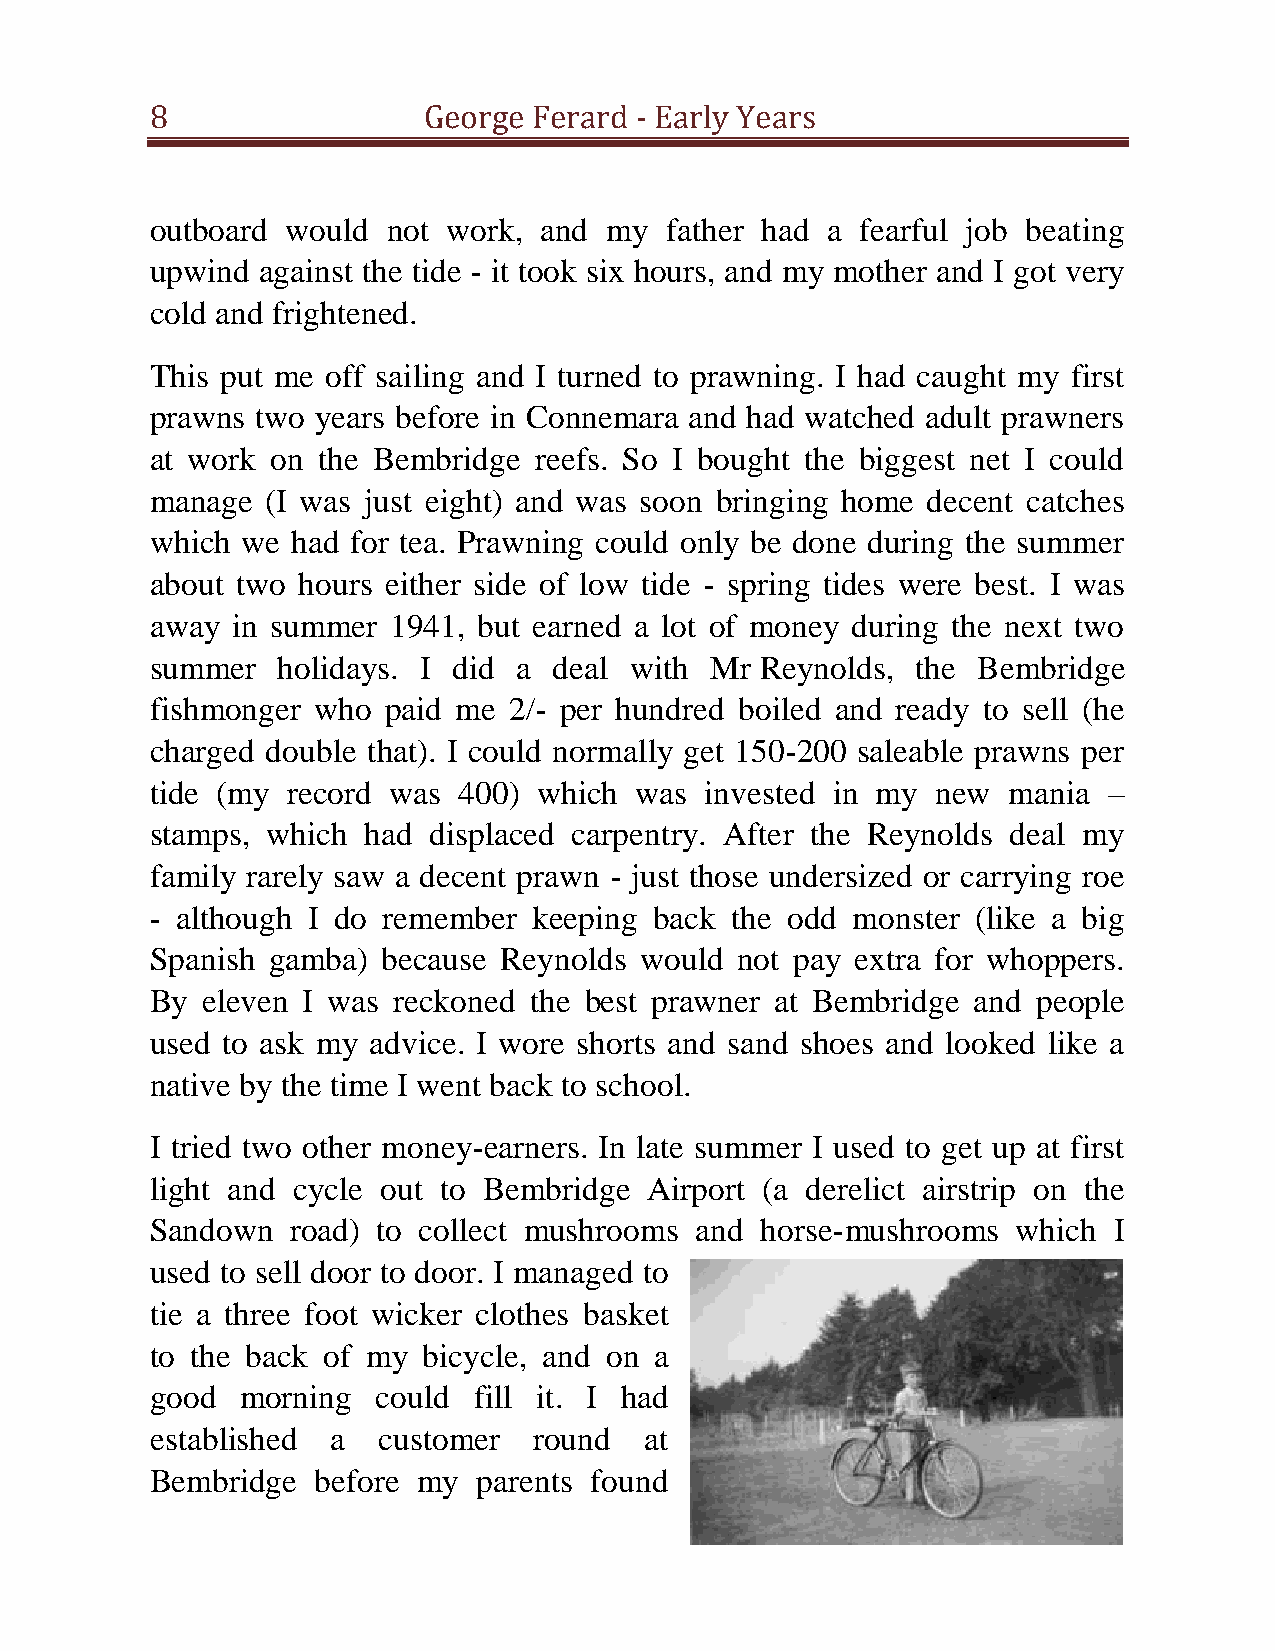
8                 George Ferard - Early Years
 outboard would  not work, and my  father had a fearful job beating
 upwind against the tide - it took six hours, and my mother and I got very
 cold and frightened.
 This put me off sailing and I turned to prawning. I had caught my first
 prawns two years before in Connemara and had watched adult prawners
 at work on the Bembridge reefs. So I bought the biggest net I could
 manage  (I was just eight) and was soon bringing home decent catches
 which we had for tea. Prawning could only be done during the summer
 about two hours either side of low tide - spring tides were best. I was
 away in summer  1941, but earned a lot of money during the next two
 summer  holidays. I did a  deal with Mr Reynolds,  the Bembridge
 fishmonger who  paid me 2/- per hundred boiled and ready to sell (he
 charged double that). I could normally get 150-200 saleable prawns per
 tide (my record was 400)  which was  invested in my new  mania –
 stamps, which had displaced carpentry. After the Reynolds deal my
 family rarely saw a decent prawn - just those undersized or carrying roe
 - although I do remember keeping back the odd monster  (like a big
 Spanish gamba) because Reynolds would  not pay extra for whoppers.
 By eleven I was reckoned the best prawner at Bembridge and people
 used to ask my advice. I wore shorts and sand shoes and looked like a
 native by the time I went back to school.
 I tried two other money-earners. In late summer I used to get up at first
 light and cycle out to Bembridge Airport (a derelict airstrip on the
 Sandown  road) to collect mushrooms and horse-mushrooms  which  I
 used to sell door to door. I managed to
 tie a three foot wicker clothes basket
 to the back of my bicycle, and on a
 good  morning  could fill it. I had
 established a  customer  round   at
 Bembridge  before my  parents found